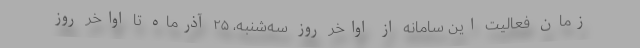
زمان فعالیت این سامانه از اواخر روز سه‌شنبه، ۲۵ آذرماه تا اواخر روز